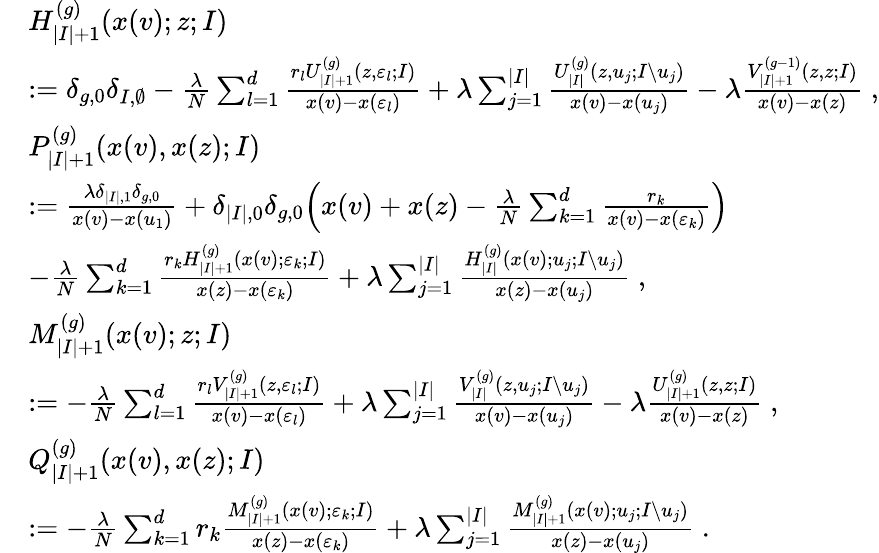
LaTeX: \begin{array}{rl}&{H_{|I|+1}^{(g)}(x(v);z;I)}\\ &{:=\delta_{g,0}\delta_{I,\emptyset}-\frac{\lambda}{N}\sum_{l=1}^{d}\frac{r_{l}U_{|I|+1}^{(g)}(z,\varepsilon_{l};I)}{x(v)-x(\varepsilon_{l})}+\lambda\sum_{j=1}^{|I|}\frac{U_{|I|}^{(g)}(z,u_{j};I{\setminus}u_{j})}{x(v)-x(u_{j})}-\lambda\frac{V_{|I|+1}^{(g-1)}(z,z;I)}{x(v)-x(z)}\; ,}\\ &{P_{|I|+1}^{(g)}(x(v),x(z);I)}\\ &{:=\frac{\lambda\delta_{|I|,1}\delta_{g,0}}{x(v)-x(u_{1})}+\delta_{|I|,0}\delta_{g,0}\Big(x(v)+x(z)-\frac{\lambda}{N}\sum_{k=1}^{d}\frac{r_{k}}{x(v)-x(\varepsilon_{k})}\Big)}\\ &{-\frac{\lambda}{N}\sum_{k=1}^{d}\frac{r_{k}H_{|I|+1}^{(g)}(x(v);\varepsilon_{k};I)}{x(z)-x(\varepsilon_{k})}+\lambda\sum_{j=1}^{|I|}\frac{H_{|I|}^{(g)}(x(v);u_{j};I\setminus u_{j})}{x(z)-x(u_{j})}\; ,}\\ &{M_{|I|+1}^{(g)}(x(v);z;I)}\\ &{:=-\frac{\lambda}{N}\sum_{l=1}^{d}\frac{r_{l}V_{|I|+1}^{(g)}(z,\varepsilon_{l};I)}{x(v)-x(\varepsilon_{l})}+\lambda\sum_{j=1}^{|I|}\frac{V_{|I|}^{(g)}(z,u_{j};I{\setminus}u_{j})}{x(v)-x(u_{j})}-\lambda\frac{U_{|I|+1}^{(g)}(z,z;I)}{x(v)-x(z)}\; ,}\\ &{Q_{|I|+1}^{(g)}(x(v),x(z);I)}\\ &{:=-\frac{\lambda}{N}\sum_{k=1}^{d}r_{k}\frac{M_{|I|+1}^{(g)}(x(v);\varepsilon_{k};I)}{x(z)-x(\varepsilon_{k})}+\lambda\sum_{j=1}^{|I|}\frac{M_{|I|+1}^{(g)}(x(v);u_{j};I{\setminus}u_{j})}{x(z)-x(u_{j})}\; .}\end{array}